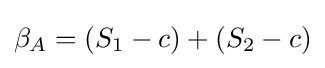
\beta _{A}=(S_{1}-c)+(S_{2}-c)